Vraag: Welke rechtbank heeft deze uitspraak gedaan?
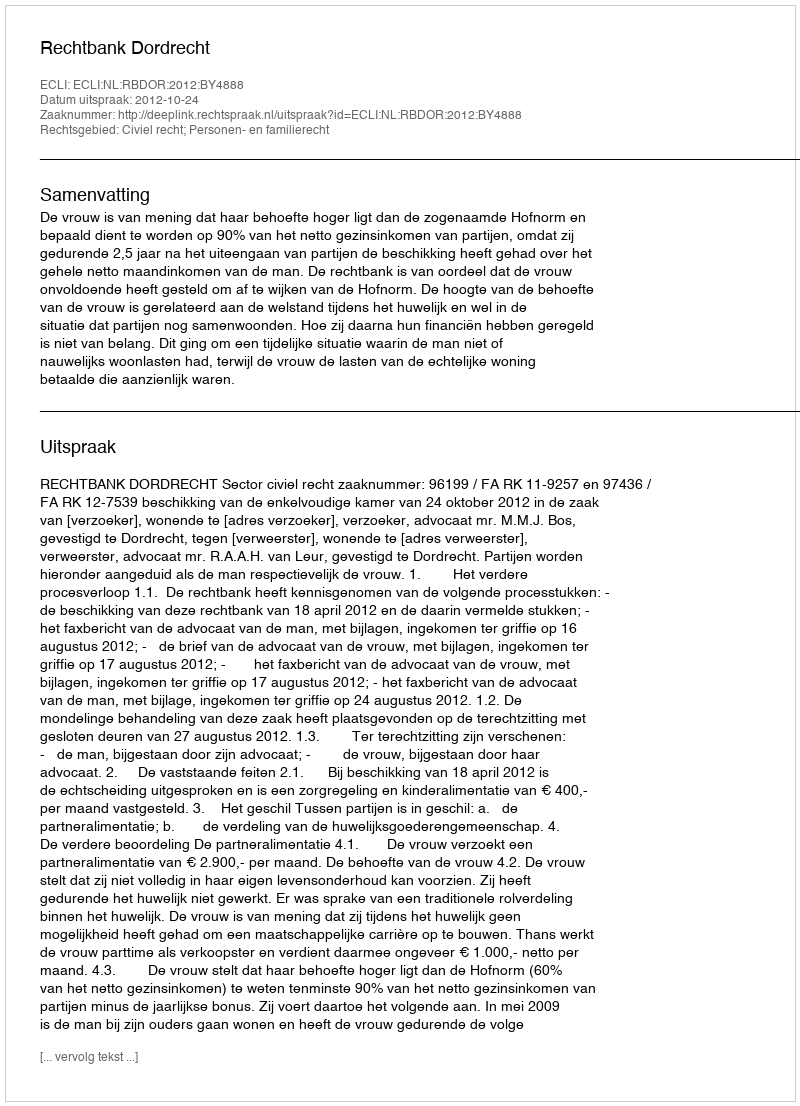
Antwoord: Rechtbank Dordrecht